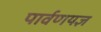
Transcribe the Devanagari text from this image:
पार्वणयज्ञ